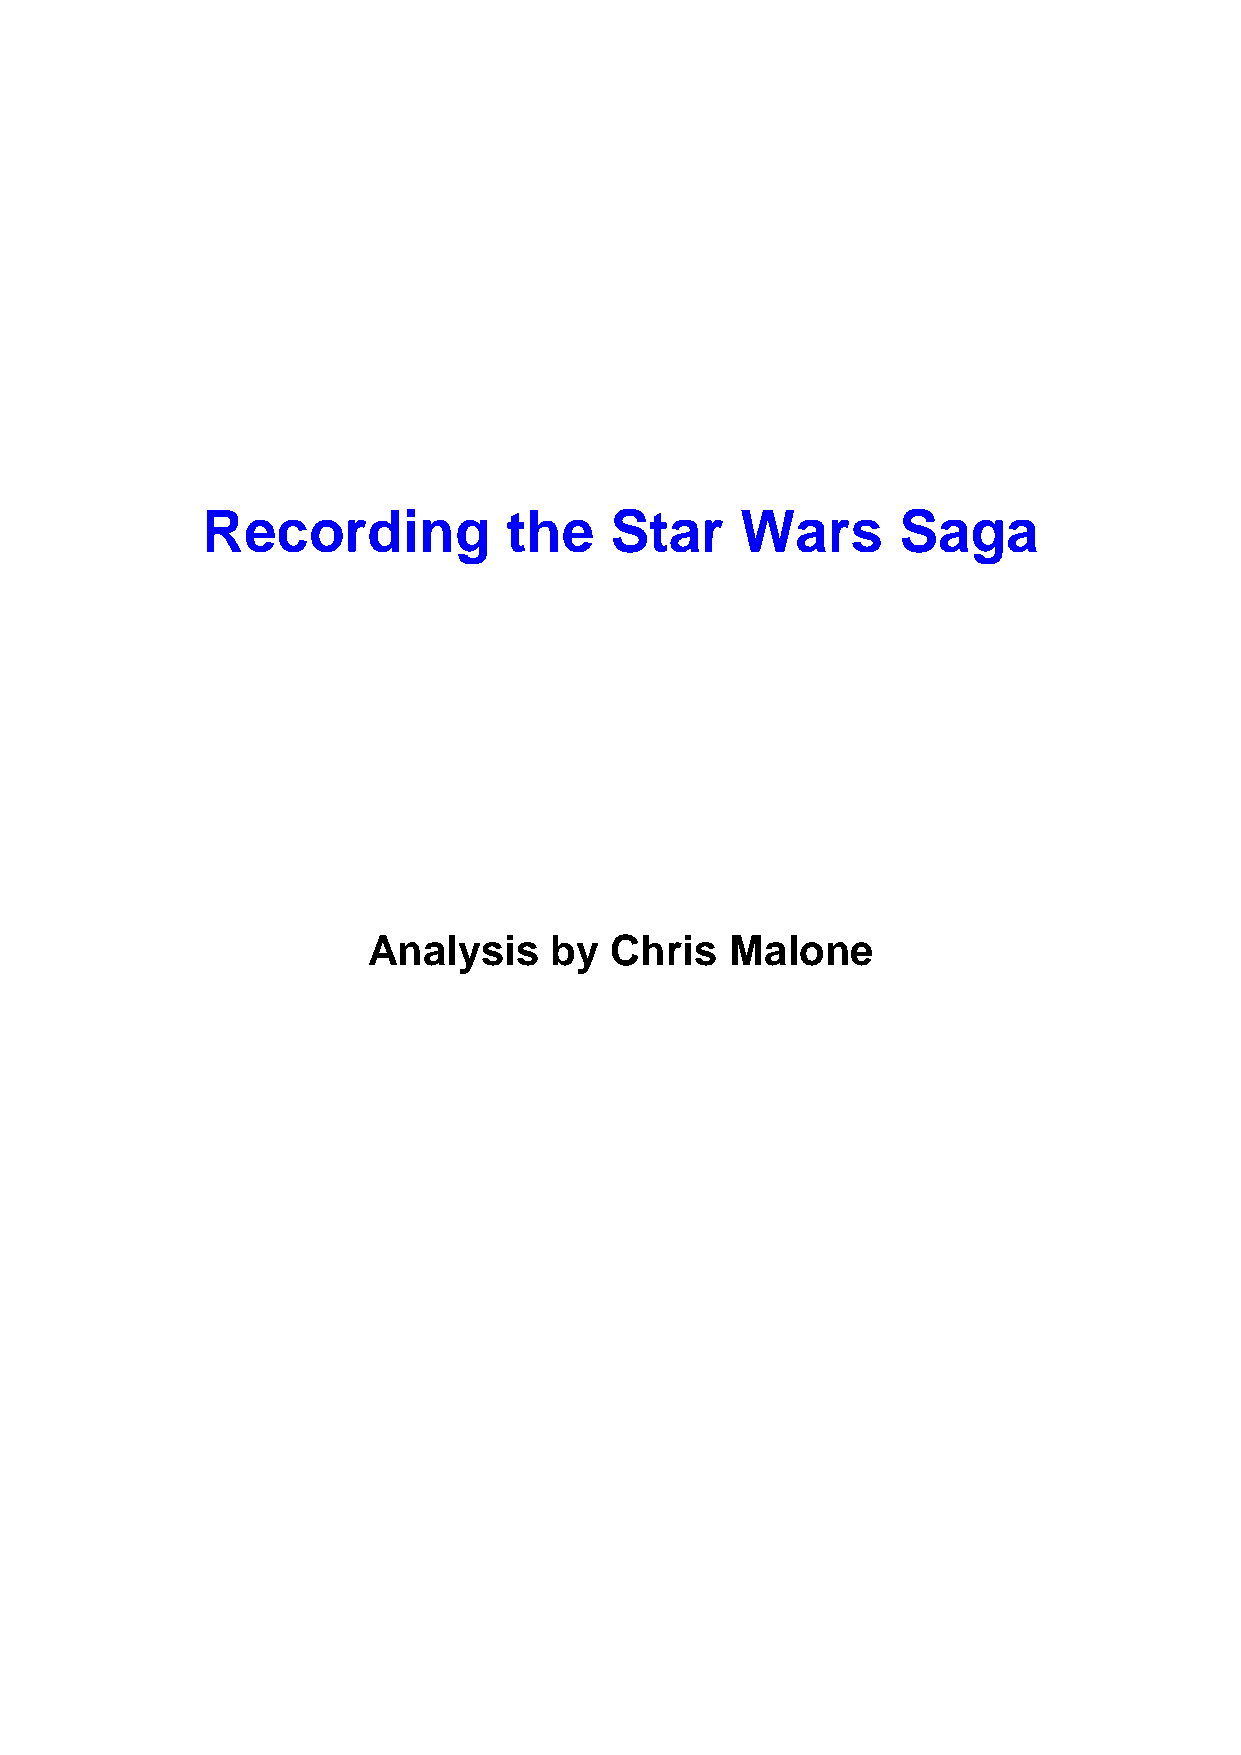
Recording            the   Star     Wars       Saga
 Analysis    by  Chris   Malone